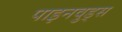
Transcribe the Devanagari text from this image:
पाइनवुड्स